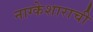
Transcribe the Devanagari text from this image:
नाग्केशाराची